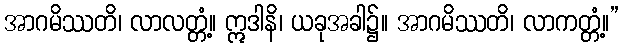
အာဂမိဿတိ၊ လာလတ္တံ့။ ဣဒါနိ၊ ယခုအခါ၌။ အာဂမိဿတိ၊ လာကတ္တံ့။”